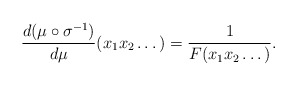
\begin{align*}\frac{d(\mu\circ\sigma^{-1})}{d\mu}(x_1x_2\dots)=\frac{1}{F(x_1x_2\dots)}.\end{align*}